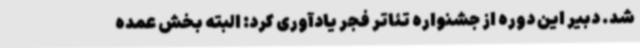
شد. دبیر این دوره از جشنواره تئاتر فجر یادآوری کرد: البته بخش عمده